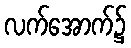
လက်အောက်၌